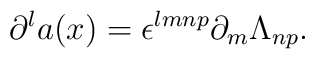
\partial^la(x)=\epsilon^{lmnp}\partial_m\Lambda_{np}.